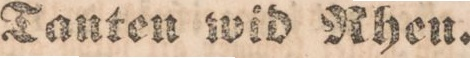
Tanten wid Rhen.